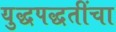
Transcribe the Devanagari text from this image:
युद्धपद्धतींचा